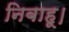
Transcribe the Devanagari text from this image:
निबाहू।